Leaving Certificate Examination, 1906
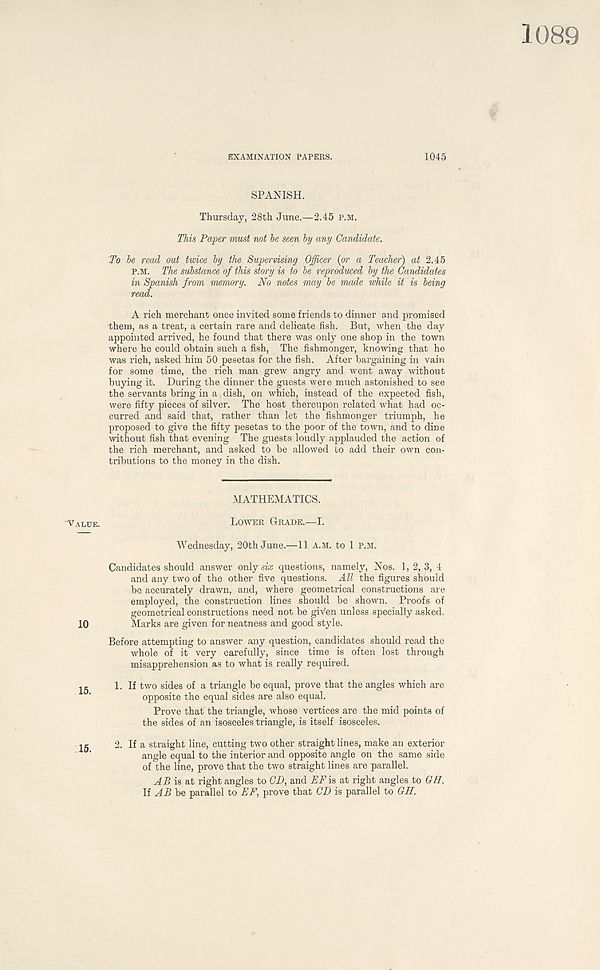
1089
'Value.
10
15.
15.
EXAMINATION PAPERS.
1045
SPANISH.
Thursday, 28th June.—2.45 P.M.
This Paper must not he seen by any Candidate.
To he read out twice hy the Supervising Officer {or a Teacher) at 2.45
p.m. The substance of this story is to he reproduced hy the Candidates
in Spanish from memory. No notes may he made while it is being
read.
A rich merchant once invited some friends to dinner and promised
them, as a treat, a certain rare and delicate fish. But, when the day
appointed arrived, he found that there was only one shop in the town
where he could obtain such a fish, The fishmonger, knowing that he
was rich, asked him 50 pesetas for the fish. After bargaining in vain
for some time, the rich man grew angry and went away without
buying it. During the dinner the guests were much astonished to see
the servants bring in a dish, on which, instead of the expected fish,
were fifty pieces of silver. The host thereupon related what had oc-
curred and said that, rather than let the fishmonger triumph, he
proposed to give the fifty pesetas to the poor of the town, and to dine
without fish that evening The guests loudly applauded the action of
the rich merchant, and asked to be allowed to add their own con-
tributions to the money in the dish.
MATHEMATICS.
Lower Grade.—I.
Wednesday, 20th June.—11 A.M. to 1 P.M.
Candidates should answer only six questions, namely, Nos. 1, 2, 3, 4
and any two of the other five questions. All the figures should
be accurately drawn, and, where geometrical constructions are
employed, the construction lines should be shown. Proofs of
geometrical constructions need not be given unless specially asked.
Marks are given for neatness and good style.
Before attempting to answer any question, candidates should read the
whole of it very carefully, since time is often lost through
misapprehension as to what is really required.
1. If two sides of a triangle be equal, prove that the angles which are
opposite the equal sides are also equal.
Prove that the triangle, whose vertices are the mid points of
the sides of an isosceles triangle, is itself isosceles.
2. If a straight line, cutting two other straight lines, make an exterior
angle equal to the interior and opposite angle on the same side
of the line, prove that the two straight lines are parallel.
AfB is at right angles to CD, and EF is at right angles to GU.
If AB be parallel to EF, prove that CD is parallel to GH.